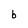
Character: b